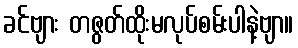
ခင်ဗျား တဇွတ်ထိုးမလုပ်စမ်းပါနဲ့ဗျာ။